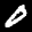
Label: 0